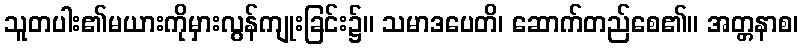
သူတပါး၏မယားကိုမှားလွန်ကျုးခြင်း၌။ သမာဒပေတိ၊ ဆောက်တည်စေ၏။ အတ္တနာစ၊